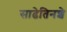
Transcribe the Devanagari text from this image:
साढेतिनशे